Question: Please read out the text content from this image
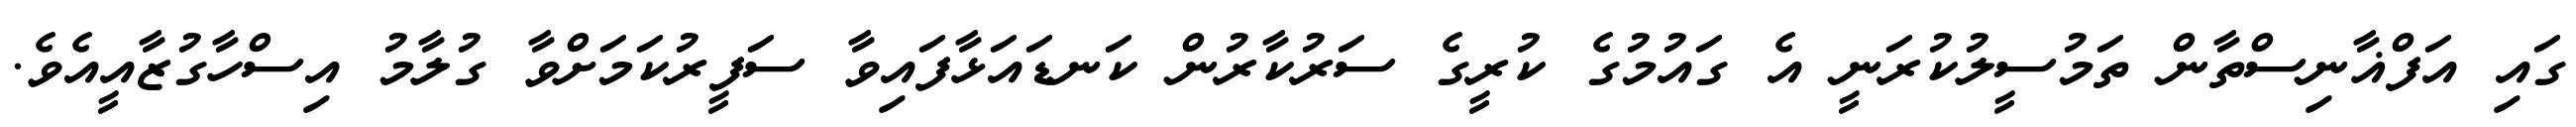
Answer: ގައި އަފްޣާނިސްތާން ތަމުސީލުކުރަނީ އެ ގައުމުގެ ކުރީގެ ސަރުކާރުން ކަނޑައަޅާފައިވާ ސަފީރުކަމަށްވާ ގުލާމު އިސްހާގުޒާއީއެވެ.